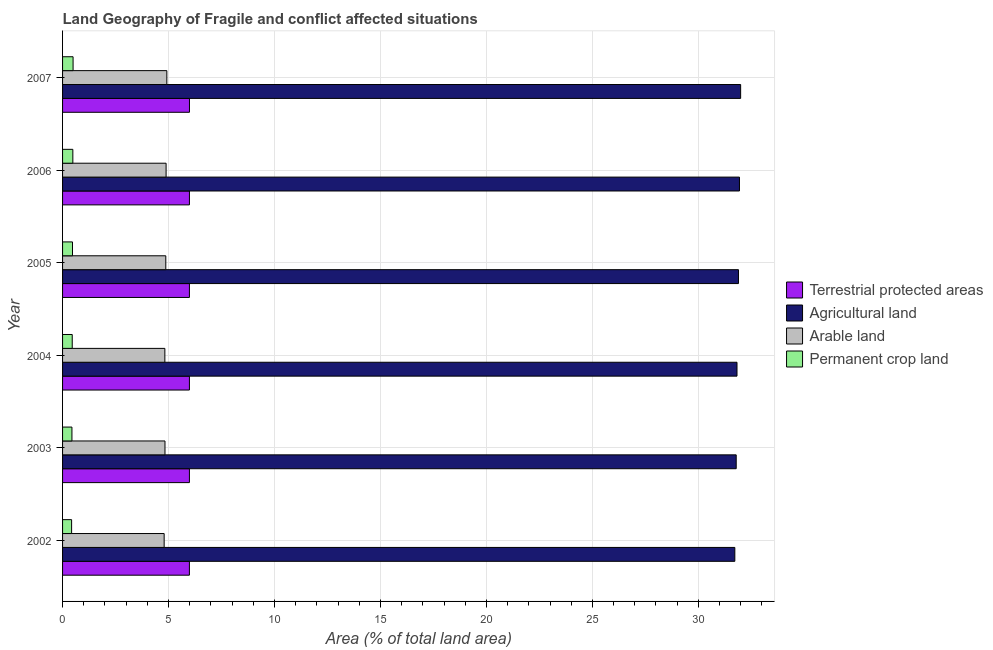
| Year | Terrestrial protected areas | Agricultural land | Arable land | Permanent crop land |
 | --- | --- | --- | --- | --- |
 | 2002 | 5.98 | 31.7 | 4.79 | 0.427 |
 | 2003 | 5.99 | 31.8 | 4.83 | 0.442 |
 | 2004 | 5.99 | 31.8 | 4.83 | 0.456 |
 | 2005 | 5.99 | 31.9 | 4.87 | 0.469 |
 | 2006 | 5.99 | 31.9 | 4.89 | 0.485 |
 | 2007 | 5.99 | 32 | 4.92 | 0.496 |